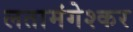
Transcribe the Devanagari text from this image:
लतामंगेश्कर